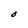
Character: O